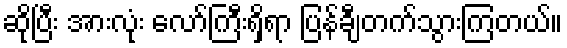
ဆိုပြီး အားလုံး လော်ကြီးရှိရာ ပြန်ချီတက်သွားကြတယ်။